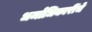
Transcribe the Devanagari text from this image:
धर्माधिकारींचे